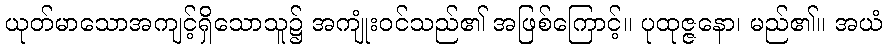
ယုတ်မာသောအကျင့်ရှိသောသူ၌ အကျုံးဝင်သည်၏ အဖြစ်ကြောင့်။ ပုထုဇ္ဇနော၊ မည်၏။ အယံ